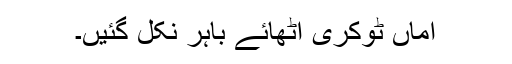
اماں ٹوکری اٹھائے باہر نکل گئیں۔